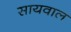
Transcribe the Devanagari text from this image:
सायवाल